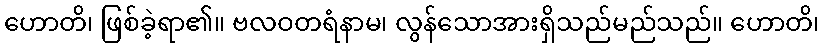
ဟောတိ၊ ဖြစ်ခဲ့ရာ၏။ ဗလဝတရံနာမ၊ လွန်သောအားရှိသည်မည်သည်။ ဟောတိ၊